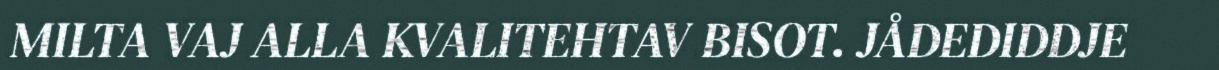
MILTA VAJ ALLA KVALITEHTAV BISOT. JÅDEDIDDJE